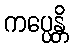
ကပ္ပေန္တိ